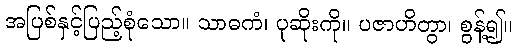
အပြစ်နှင့်ပြည့်စုံသော။ သာဓကံ၊ ပုဆိုးကို။ ပဇာဟိတွာ၊ စွန့်၍။